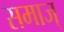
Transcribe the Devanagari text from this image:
समाज्